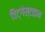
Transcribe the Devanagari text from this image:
विट्गेंस्टाइन